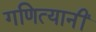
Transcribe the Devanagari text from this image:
गणित्यानीं